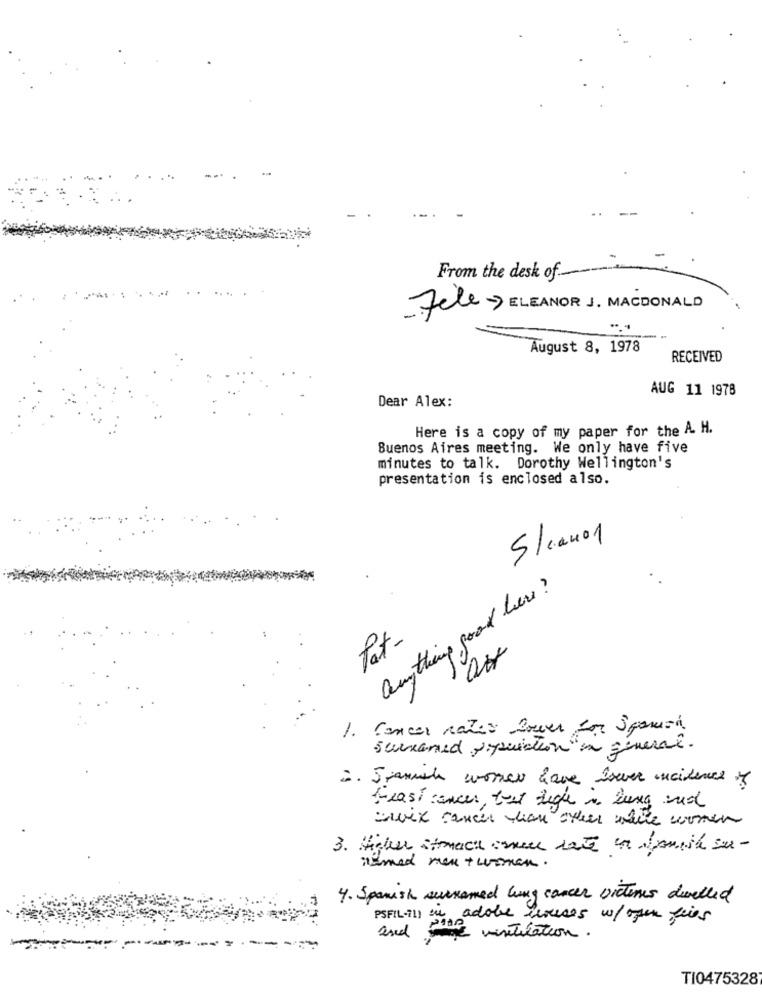
From the desk of.
-Fele ELEANOR J. MACDONALD
August 8, 1978
RECEIVED
AUG 11 1978
Dear Alex:
Here is a copy of my paper for the A. H.
Buenos Aires meeting. We only have five
minutes to talk. Dorothy Wellington's
presentation is enclosed also.
S/can0 1
anything good here?
fat.
1. Cancer natio louer for 3 games.
scusamed population en general.
. Spanisch women have isever incidence of
Feast cancer, that hegle is berg and
Swix cancer han over white women
3. Haber strach inne hate in Monnik sur-
ismed men + woman .
4. Spanish surnamed lung cancer victimes duvalled
PSFIL-il) in adobe houses w/ open fries
and some visituation.
TI0475328